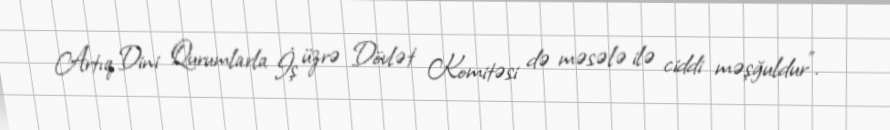
Artıq Dini Qurumlarla İş üzrə Dövlət Komitəsi də məsələ ilə ciddi məşğuldur”.